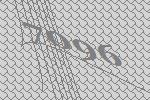
7096